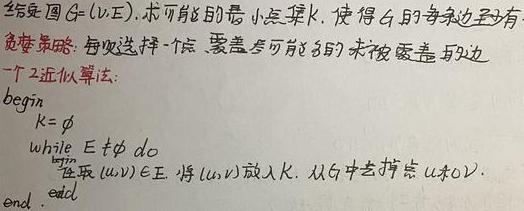
给定图 \(G=(V, E)\)，求可能的最小点集 \(K\)，使得 \(G\) 的每条边至少有一个端点在 \(K\) 中。一个 2 -近似算法：
\begin{verbatim}
begin
    K = ∅
    while E ≠ ∅ do
        选取 (u, v) ∈ E, 将 {u, v} 放入 K, 从 G 中去掉点 u 和 v, 从 E 中去掉与 u 和 v 相关联的边
    end
end.
\end{verbatim}